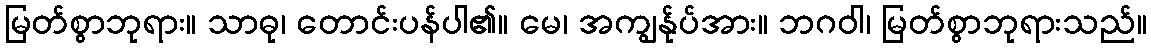
မြတ်စွာဘုရား။ သာဓု၊ တောင်းပန်ပါ၏။ မေ၊ အကျွန်ုပ်အား။ ဘဂဝါ၊ မြတ်စွာဘုရားသည်။